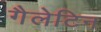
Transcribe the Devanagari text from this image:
गैलेटिन